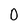
Character: O